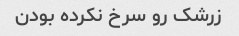
زرشک رو سرخ نکرده بودن